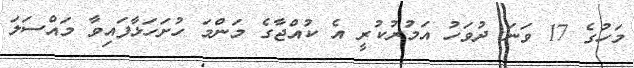
މަހުގެ 17 ވަނަ ދުވަހު އަމުރުކުރީ އެ ކުއްޖާގެ މަންމަ ހުށަހަޅާފައިވާ މައްސަލަ